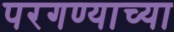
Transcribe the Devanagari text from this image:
परगण्याच्या